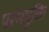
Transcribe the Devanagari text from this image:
परममुक्ति